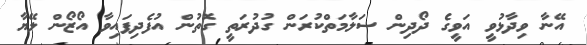
އޭނާ ވިދާޅުވީ އަވީގެ ދޯދިން ސަލާމަތްކުރަން ގުދުރަތީ ގޮތުން އުފެދިފައިވާ އޯޒޯން ލޭޔާ